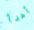
أهدأ